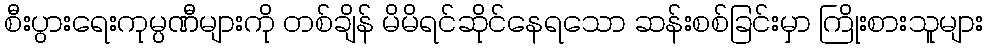
စီးပွားရေးကုမ္ပဏီများကို တစ်ချိန် မိမိရင်ဆိုင်နေရသော ဆန်းစစ်ခြင်းမှာ ကြိုးစားသူများ